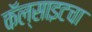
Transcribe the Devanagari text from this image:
कॅल्साइटचा